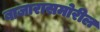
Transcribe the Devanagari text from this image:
बाजारासमोरील